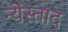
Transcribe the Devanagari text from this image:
न्येस्ताद